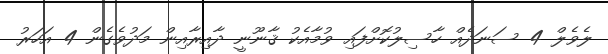
ލެވެލް 4 ސަނަދެއް ހާސިލުކޮށްފައި ވުމާއެކު ޤާނޫނީ ދާއިރާއިން މަދުވެގެން 4 އަހަރު